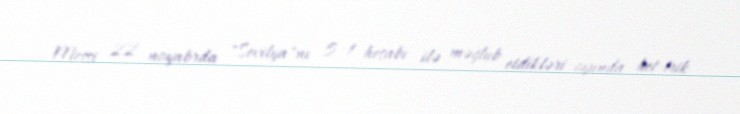
Messi 22 noyabrda "Sevilya"nı 5–1 hesabı ilə məğlub etdikləri oyunda het-trik